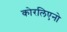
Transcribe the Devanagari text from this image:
कोरलिएनो